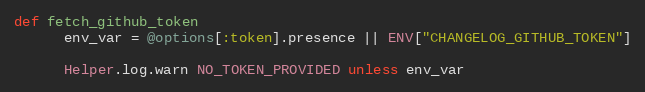
Language: Ruby
def fetch_github_token
      env_var = @options[:token].presence || ENV["CHANGELOG_GITHUB_TOKEN"]

      Helper.log.warn NO_TOKEN_PROVIDED unless env_var